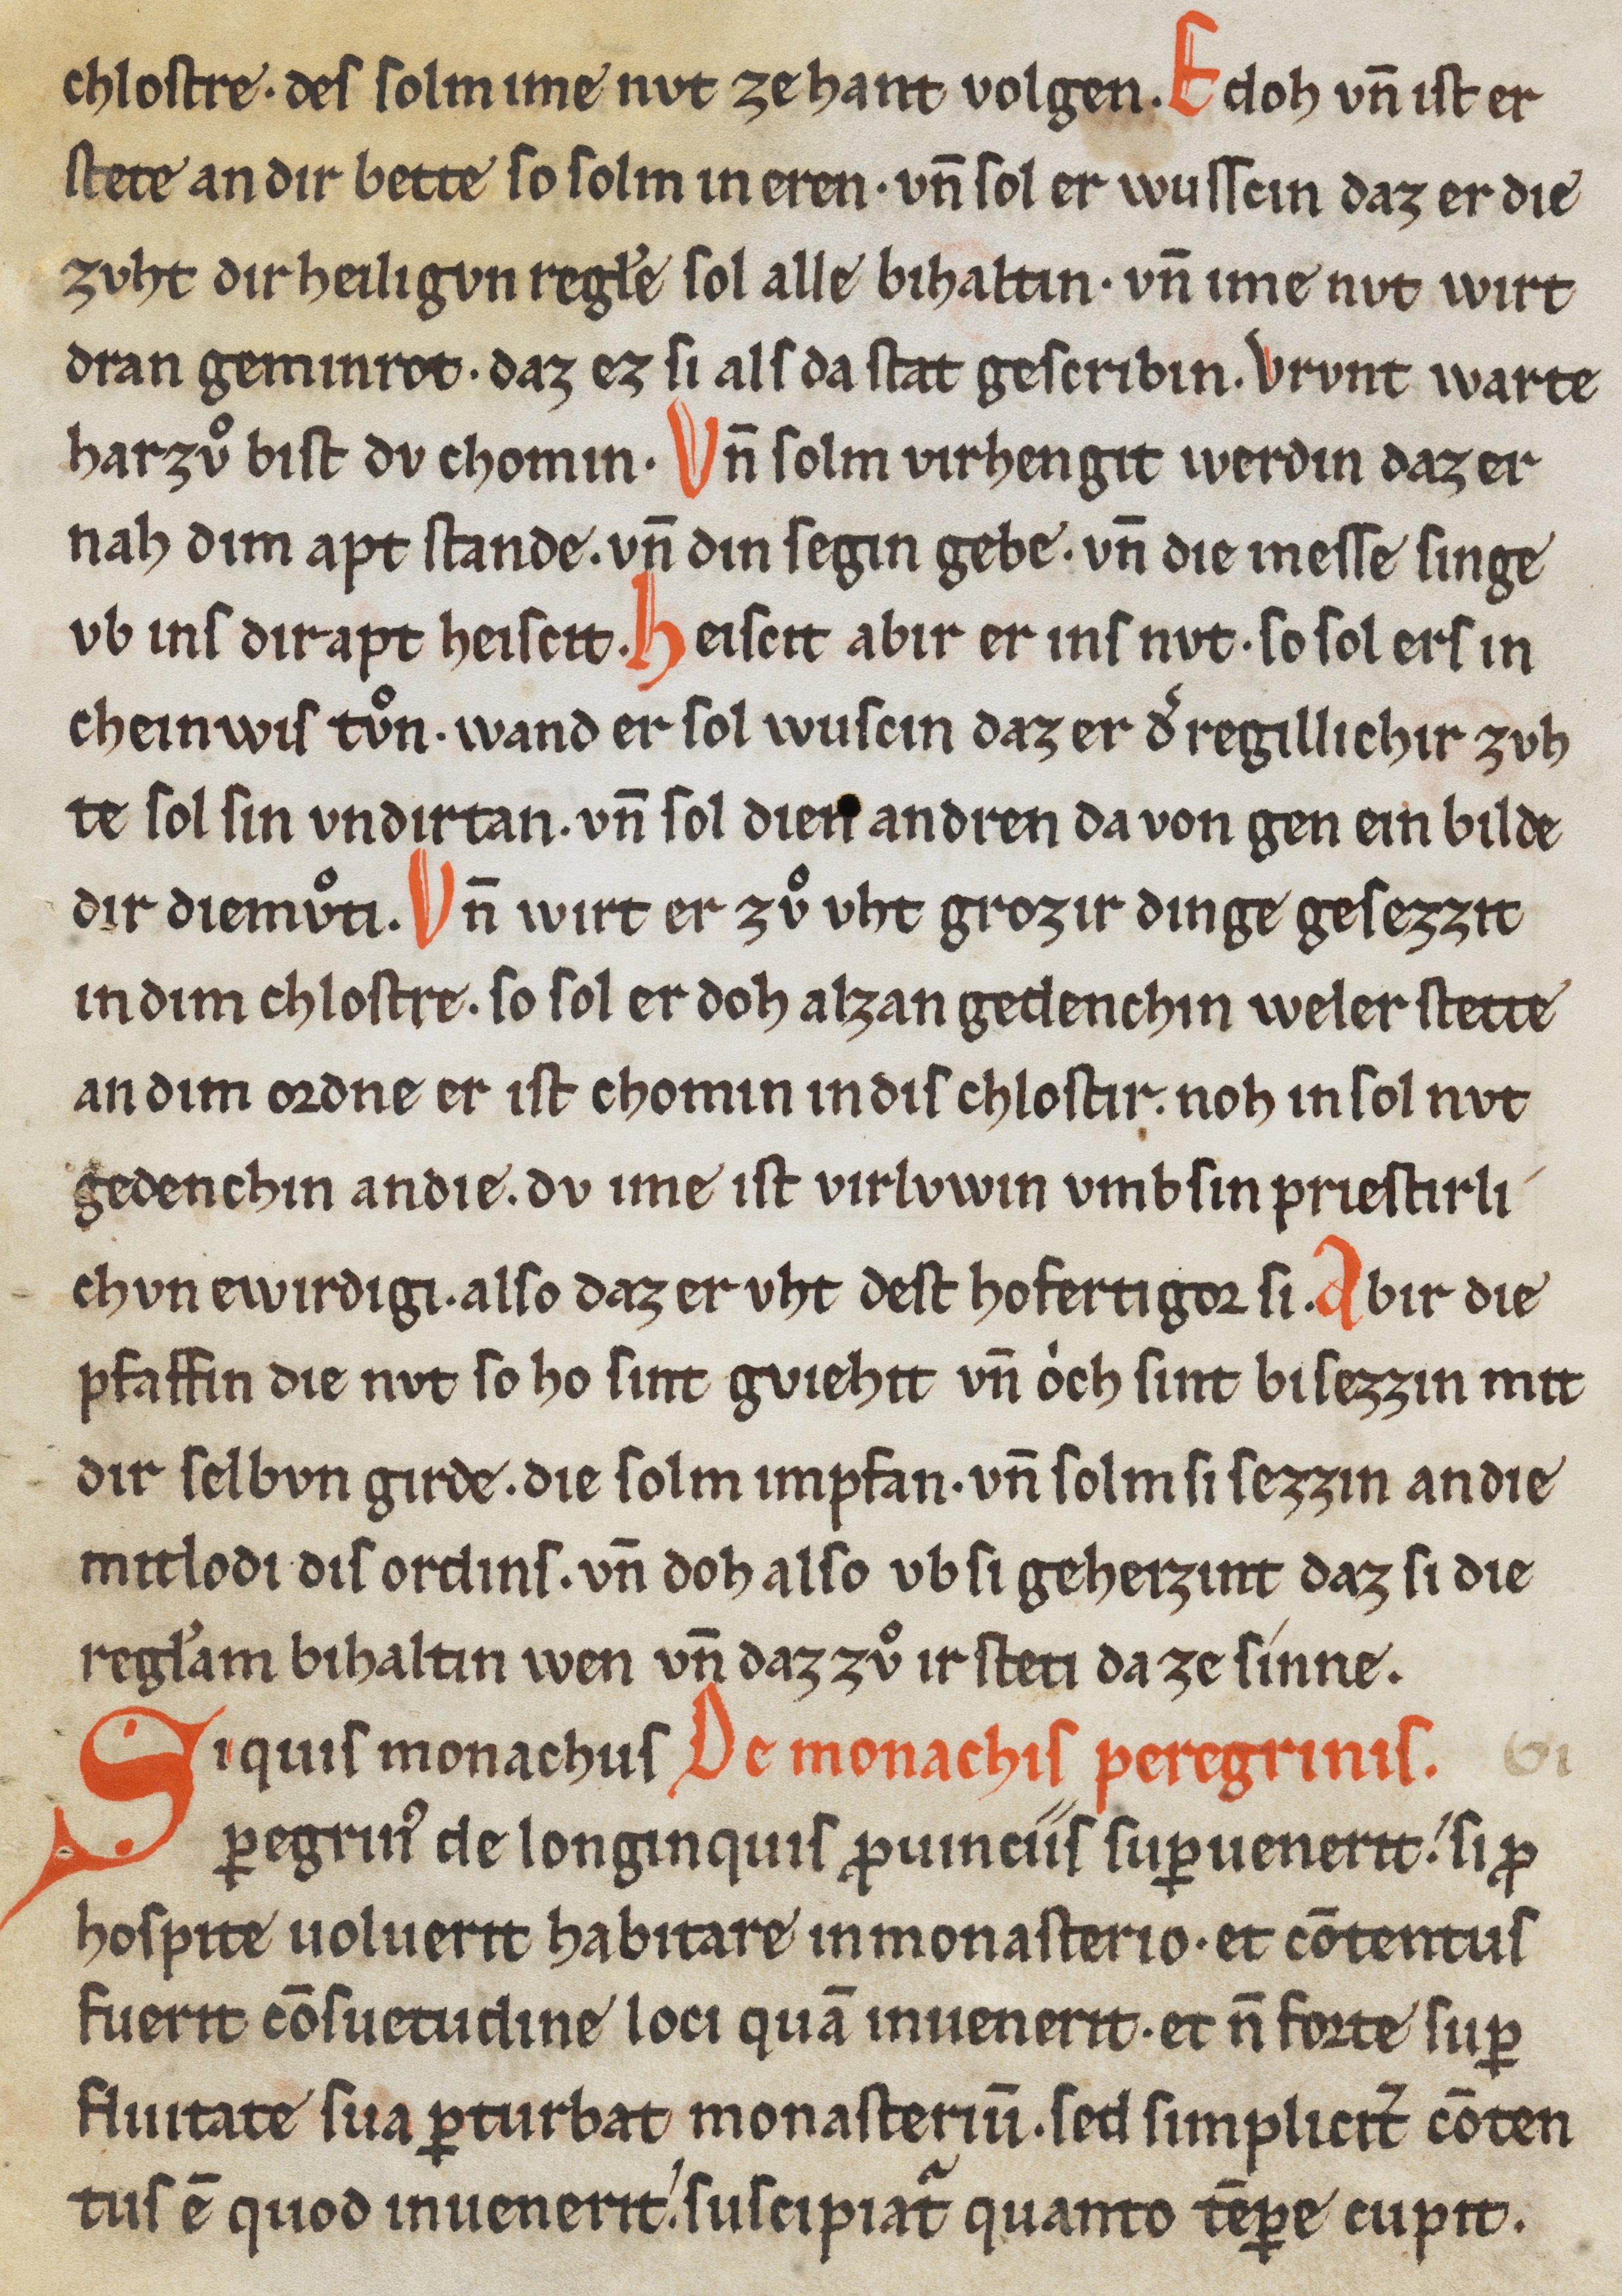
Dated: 1200–1299